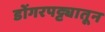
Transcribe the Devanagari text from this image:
डोंगरपट्ट्यातून